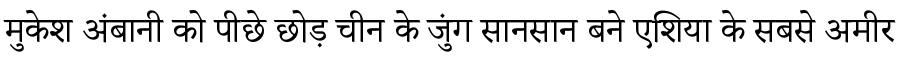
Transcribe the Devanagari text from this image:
मुकेश अंबानी को पीछे छोड़ चीन के जुंग सानसान बने एशिया के सबसे अमीर